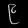
Digit: ၉